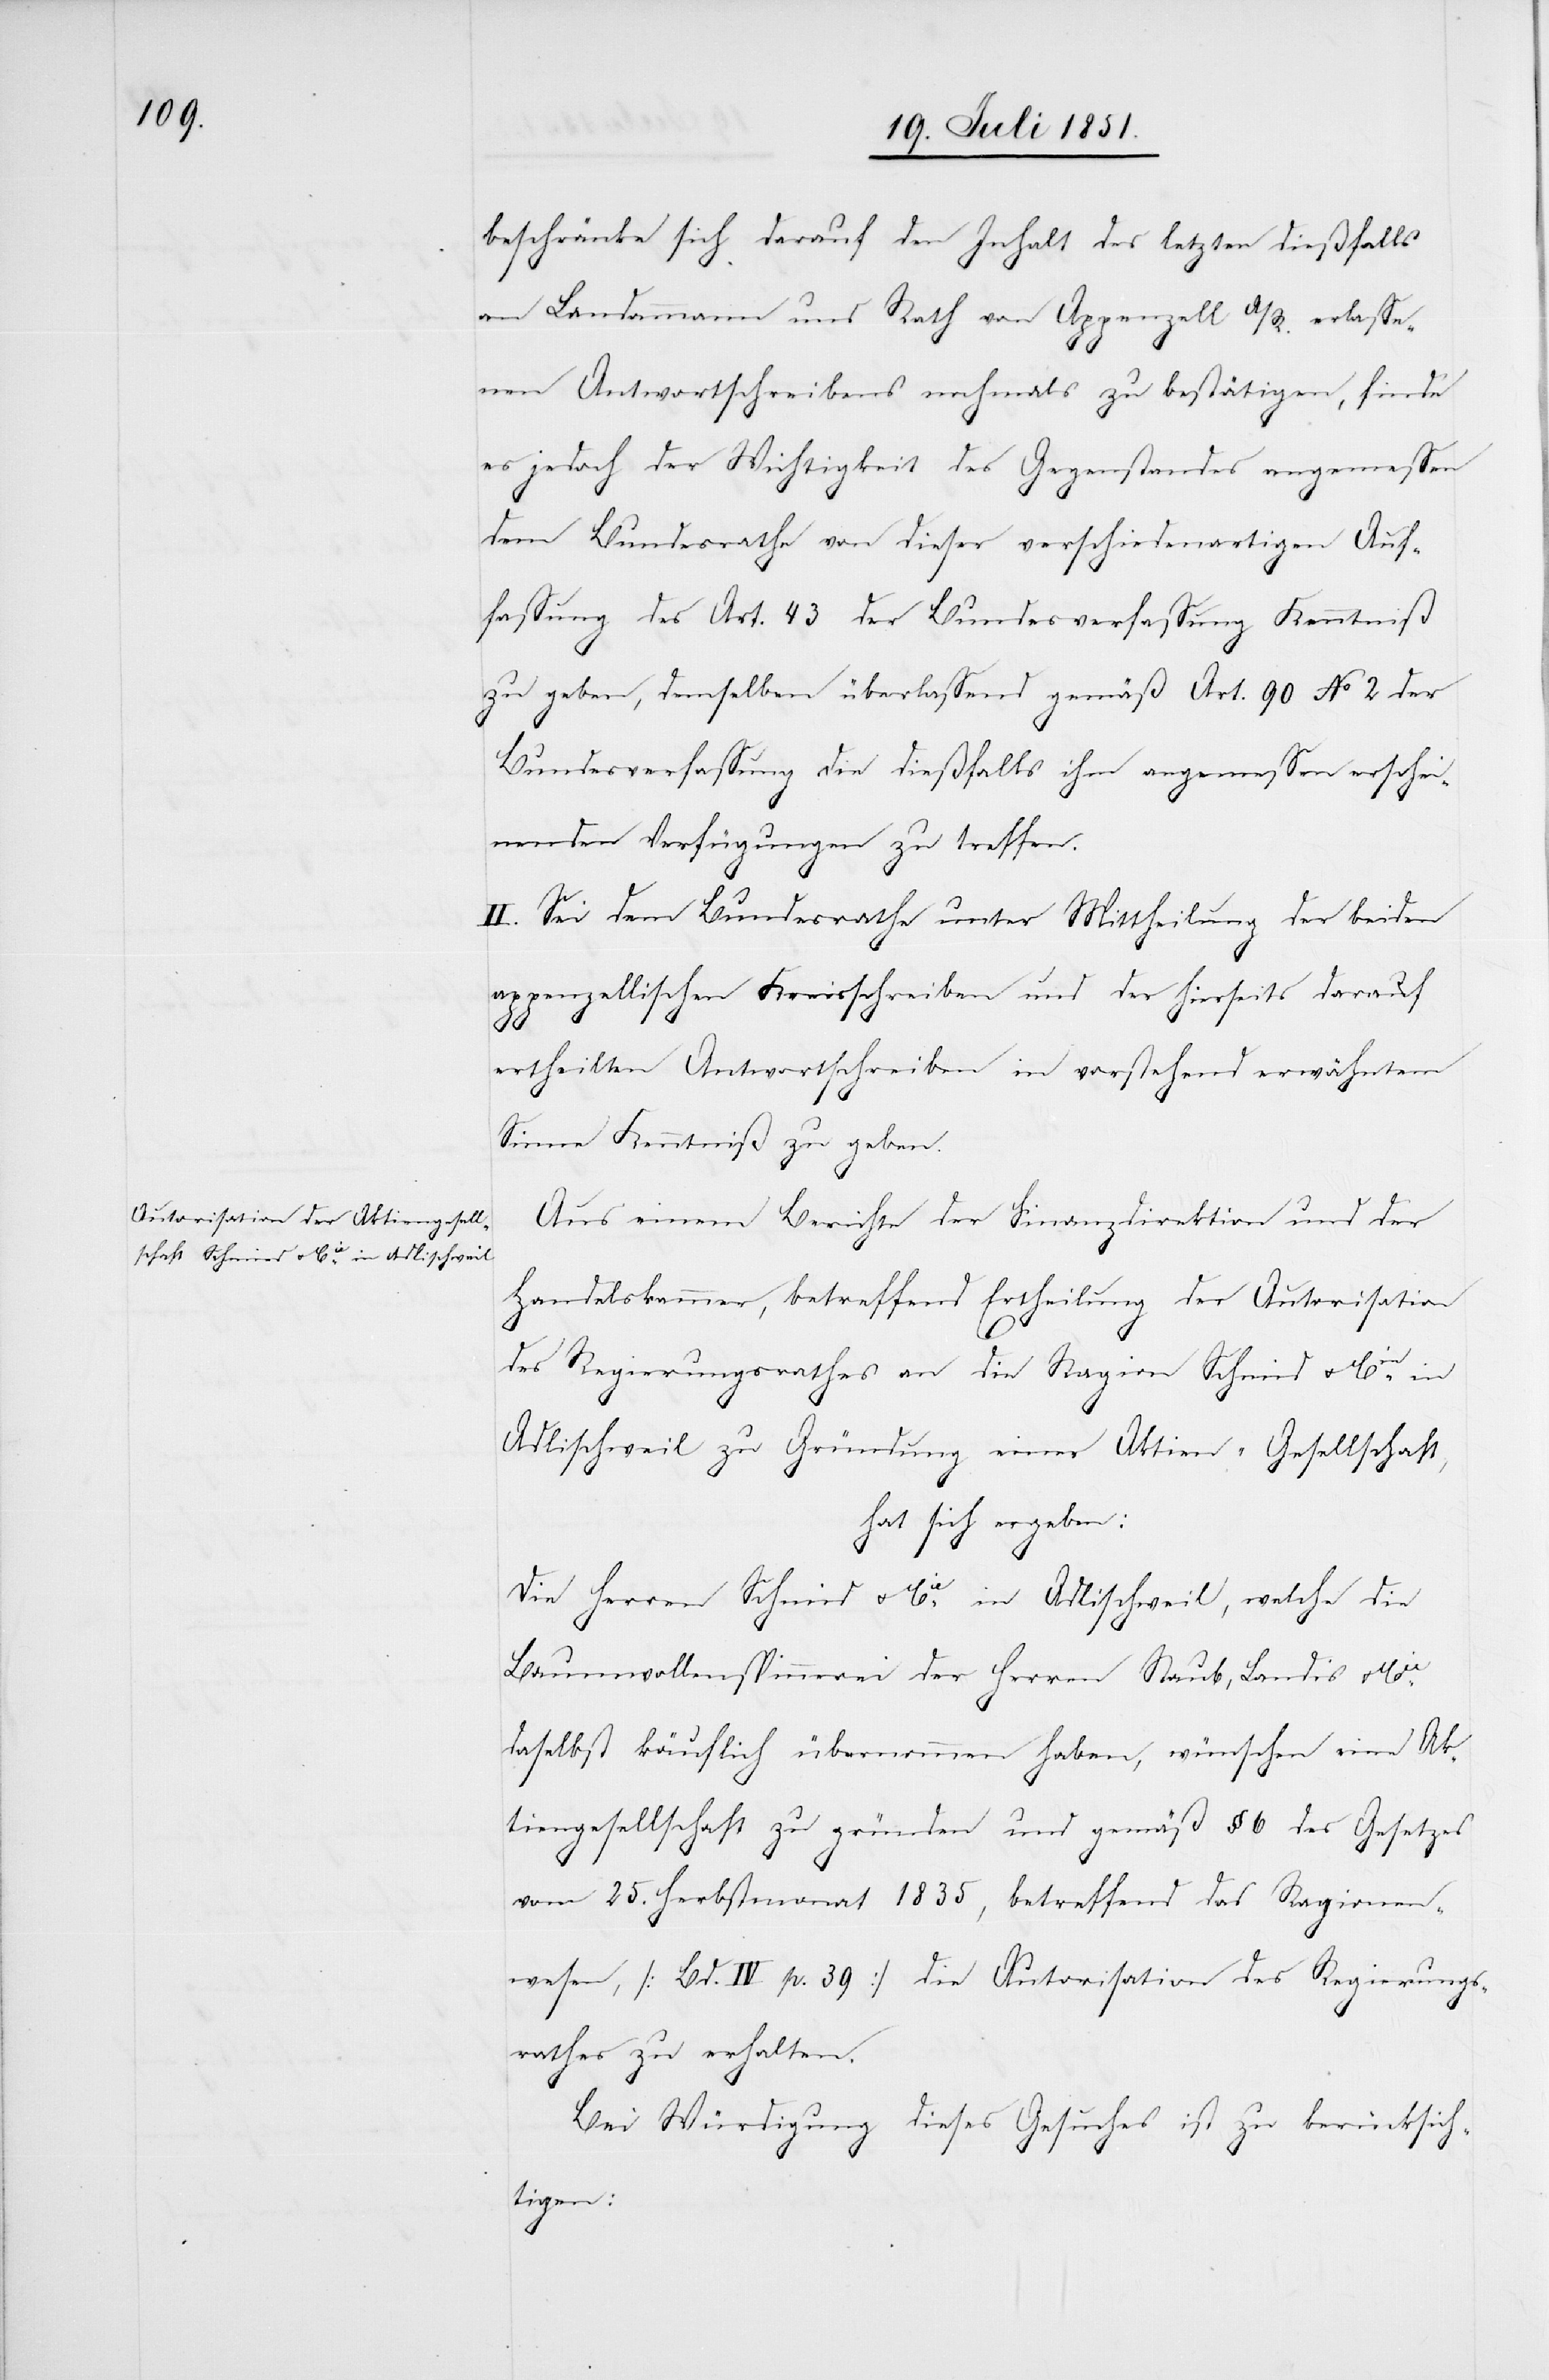
beschränke sich darauf den Inhalt des letzten dießfalls
an Landammann und Rath von Appenzell A/R. erlasse¬
nen Antwortschreibens nochmals zu bestätigen, finde
es jedoch der Wichtigkeit des Gegenstandes angemessen
dem Bundesrathe von dieser verschiedenartigen Auf¬
fassung des Art. 43 der Bundesverfassung Kenntniß
zu geben, demselben überlassend gemäß Art. 90 No 2 der
Bundesverfassung die dießfalls ihm angemessen erschei¬
nenden Verfügungen zu treffen.
II. Sei dem Bundesrathe unter Mittheilung der beiden
appenzellischen Kreisschreiben und der hierseits darauf
ertheilten Antwortschreiben in vorstehend erwähntem
Sinne Kenntniß zu geben.
Aus einem Berichte der Finanzdirektion und der
Handelskammer, betreffend Ertheilung der Autorisation
des Regierungsrathes an die Ragion Schmid & Cie. in
Adlischweil zu Gründung einer Aktien-Gesellschaft,
hat sich ergeben:
Die Herren Schmid & Cie. in Adlischweil, welche die
Baumwollenspinnerei der Herren Staub, Landis & Cie.
daselbst käuflich übernommen haben, wünschen eine Ak¬
tiengesellschaft zu gründen und gemäß § 6 des Gesetzes
vom 25. Herbstmonat 1835, betreffend das Ragionen¬
wesen, [Bd. IV p. 39] die Autorisation des Regierungs¬
rathes zu erhalten.
Bei Würdigung dieses Gesuches ist zu berücksich¬
tigen: